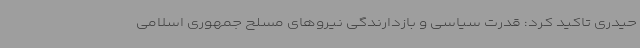
حیدری تاکید کرد: قدرت سیاسی و بازدارندگی نیروهای مسلح جمهوری اسلامی